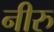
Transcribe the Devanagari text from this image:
नीरु